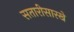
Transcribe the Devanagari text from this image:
सतारीसारखे